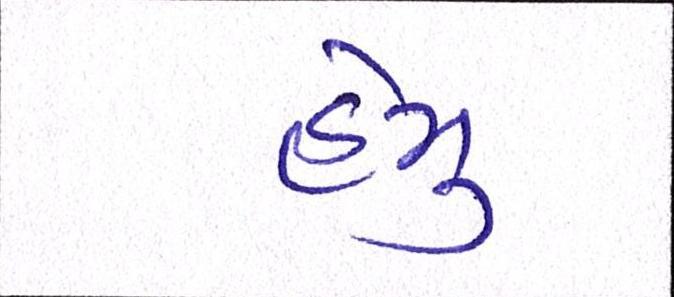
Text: હેમુ